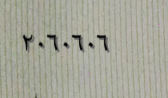
٢٠٦٠٦٠٦